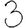
Digit: 3